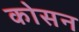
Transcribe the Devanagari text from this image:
कोसन